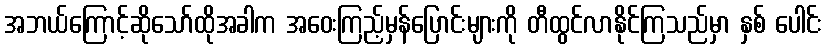
အဘယ်ကြောင့်ဆိုသော်ထိုအခါက အဝေးကြည့်မှန်ပြောင်းများကို တီထွင်လာနိုင်ကြသည်မှာ နှစ် ပေါင်း